Scientific memoirs by medical officers of the Army of India - Part XII,
Year: 1901
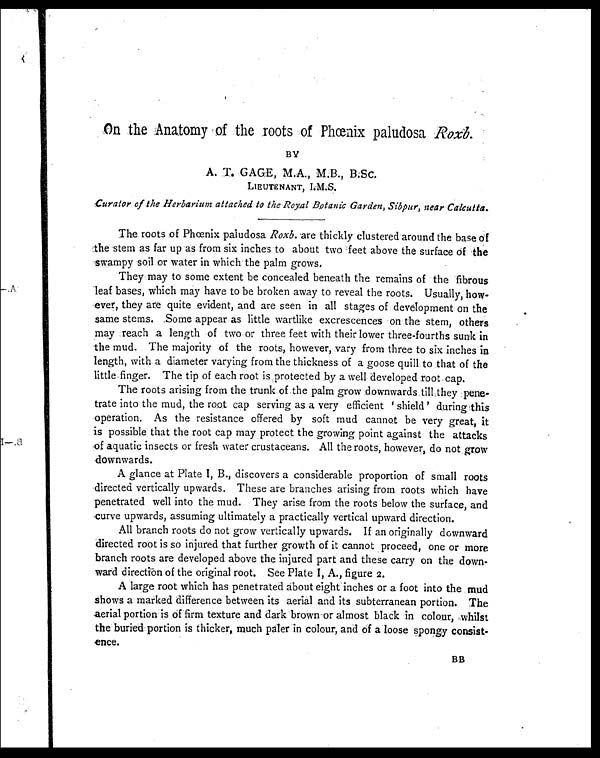
On the Anatomy of the roots of Phœnix paludosa Roxb.
BY
A. T. GAGE, M.A., M. B., B.Sc.
LIEUTENANT, I.M.S.
Curator of the Herbarium attached to the Royal Botanic Garden, Sibpur, near Calcutta.
The roots of Phœnix paludosa Roxb. are thickly clustered around the base of
the stem as far up as from six inches to about two feet above the surface of the
swampy soil or water in which the palm grows.
They may to some extent be concealed beneath the remains of the fibrous
leaf bases, which may have to be broken away to reveal the roots. Usually, how-
ever, they are quite evident, and are seen in all stages of development on the
same stems. Some appear as little wartlike excrescences on the stem, others
may reach a length of two or three feet with their lower three-fourths sunk in
the mud. The majority of the roots, however, vary from three to six inches in
length, with a diameter varying from the thickness of a goose quill to that of the
little finger. The tip of each root is protected by a well developed root cap.
The roots arising from the trunk of the palm grow downwards till they pene-
trate into the mud, the root cap serving as a very efficient 'shield' during this
operation. As the resistance offered by soft mud cannot be very great, it
is possible that the root cap may protect the growing point against the attacks
of aquatic insects or fresh water crustaceans. All the roots, however, do not grow
downwards.
A glance at Plate I, B., discovers a considerable proportion of small roots
directed vertically upwards. These are branches arising from roots which have
penetrated well into the mud. They arise from the roots below the surface, and
curve upwards, assuming ultimately a practically vertical upward direction.
All branch roots do not grow vertically upwards. If an originally downward
directed root is so injured that further growth of it cannot proceed, one or more
branch roots are developed above the injured part and these carry on the down-
ward direction of the original root. See Plate I, A., figure 2 .
A large root which has penetrated about eight inches or a foot into the mud
shows a marked difference between its aerial and its subterranean portion. The
aerial portion is of firm texture and dark brown or almost black in colour, whilst
the buried portion is thicker, much paler in colour, and of a loose spongy consist-
ence.
BB